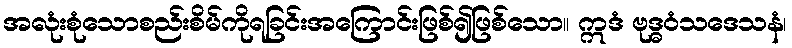
အလုံးစုံသောစည်းစိမ်ကိုရခြင်းအကြောင်းဖြစ်၍ဖြစ်သော။ ဣဒံ ဗုဒ္ဓဝံသဒေသနံ၊